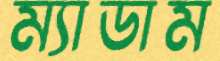
ম্যাডাম